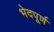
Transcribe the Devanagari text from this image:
भेदपूर्ण